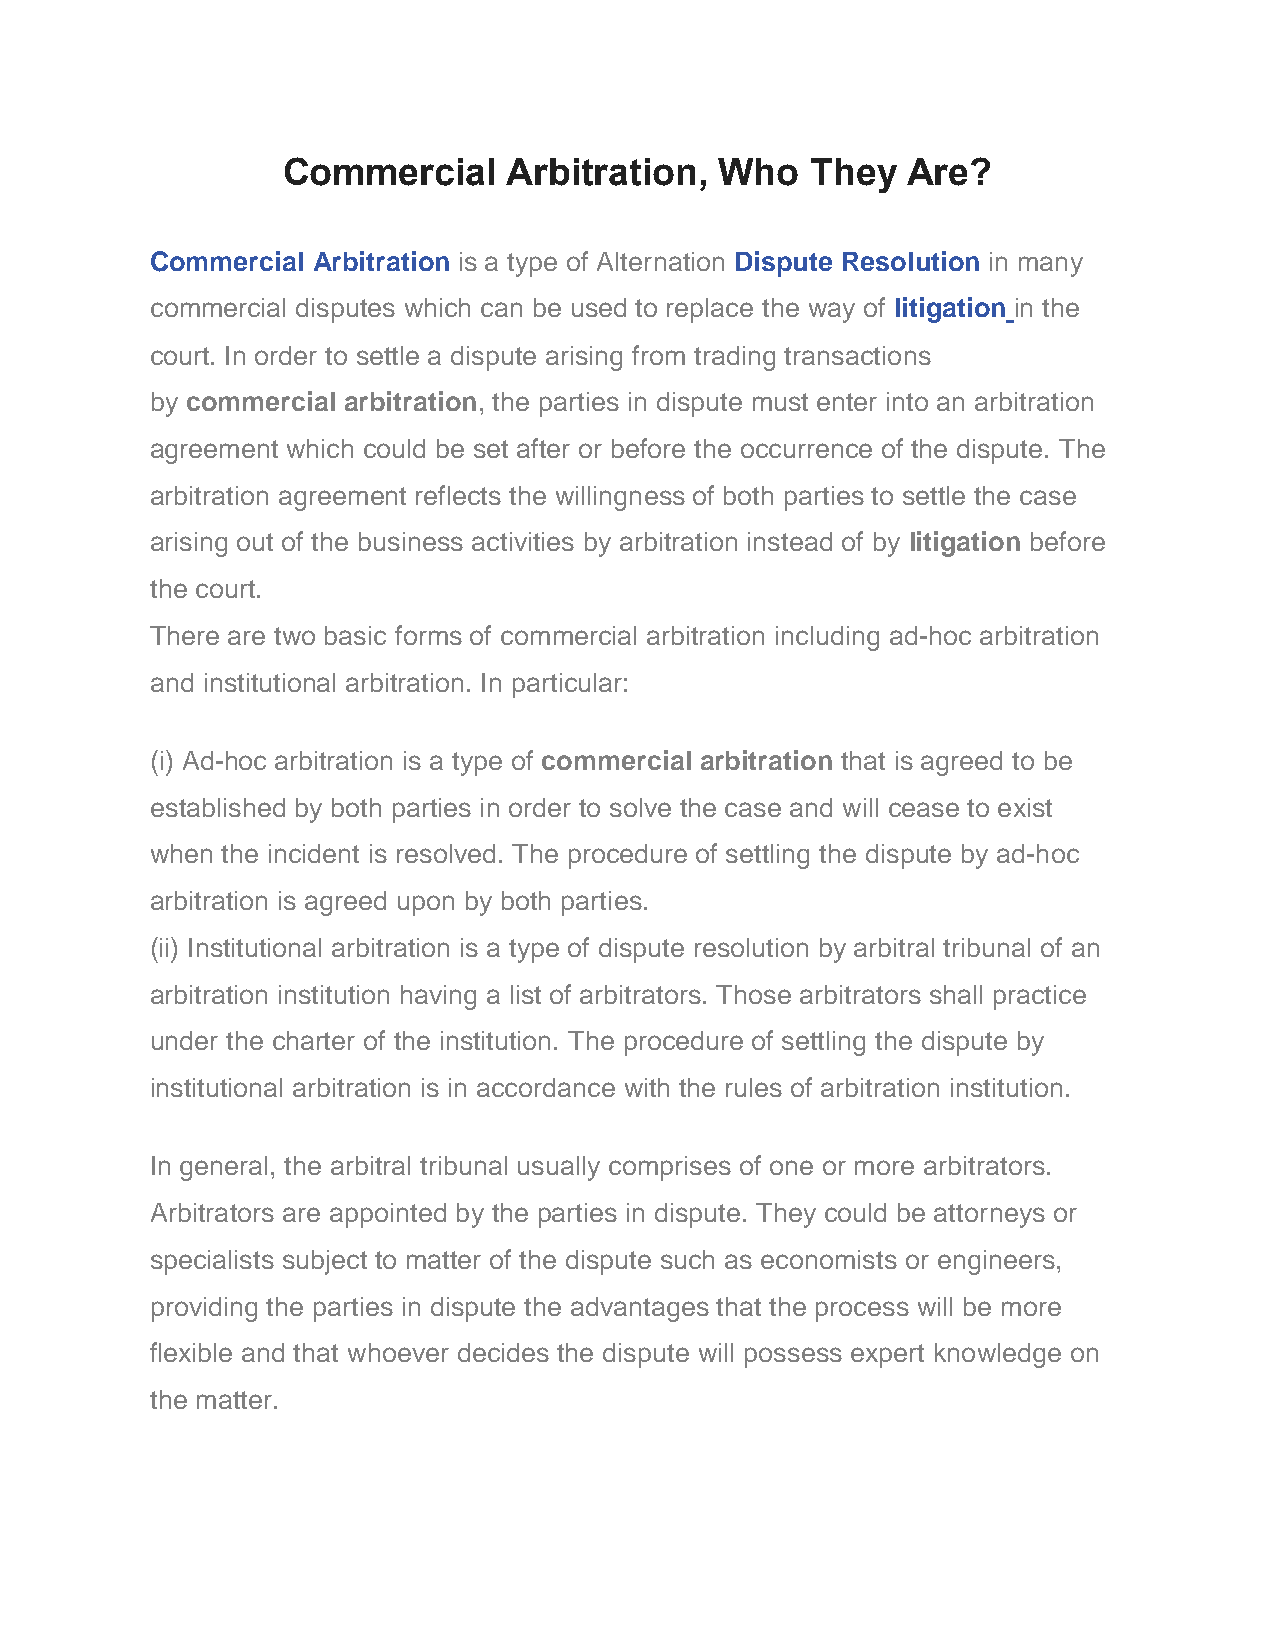
Commercial     Arbitration,  Who   They  Are?
 Commercial Arbitration is a type of Alternation Dispute Resolution in many
 commercial disputes which can be used to replace the way of litigation in the
 court. In order to settle a dispute arising from trading transactions
 by commercial arbitration, the parties in dispute must enter into an arbitration
 agreement which could be set after or before the occurrence of the dispute. The
 arbitration agreement reflects the willingness of both parties to settle the case
 arising out of the business activities by arbitration instead of by litigation before
 the court.
 There are two basic forms of commercial arbitration including ad-hoc arbitration
 and institutional arbitration. In particular:
 (i) Ad-hoc arbitration is a type of commercial arbitration that is agreed to be
 established by both parties in order to solve the case and will cease to exist
 when the incident is resolved. The procedure of settling the dispute by ad-hoc
 arbitration is agreed upon by both parties.
 (ii) Institutional arbitration is a type of dispute resolution by arbitral tribunal of an
 arbitration institution having a list of arbitrators. Those arbitrators shall practice
 under the charter of the institution. The procedure of settling the dispute by
 institutional arbitration is in accordance with the rules of arbitration institution.
 In general, the arbitral tribunal usually comprises of one or more arbitrators.
 Arbitrators are appointed by the parties in dispute. They could be attorneys or
 specialists subject to matter of the dispute such as economists or engineers,
 providing the parties in dispute the advantages that the process will be more
 flexible and that whoever decides the dispute will possess expert knowledge on
 the matter.